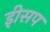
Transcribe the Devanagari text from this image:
इीसप